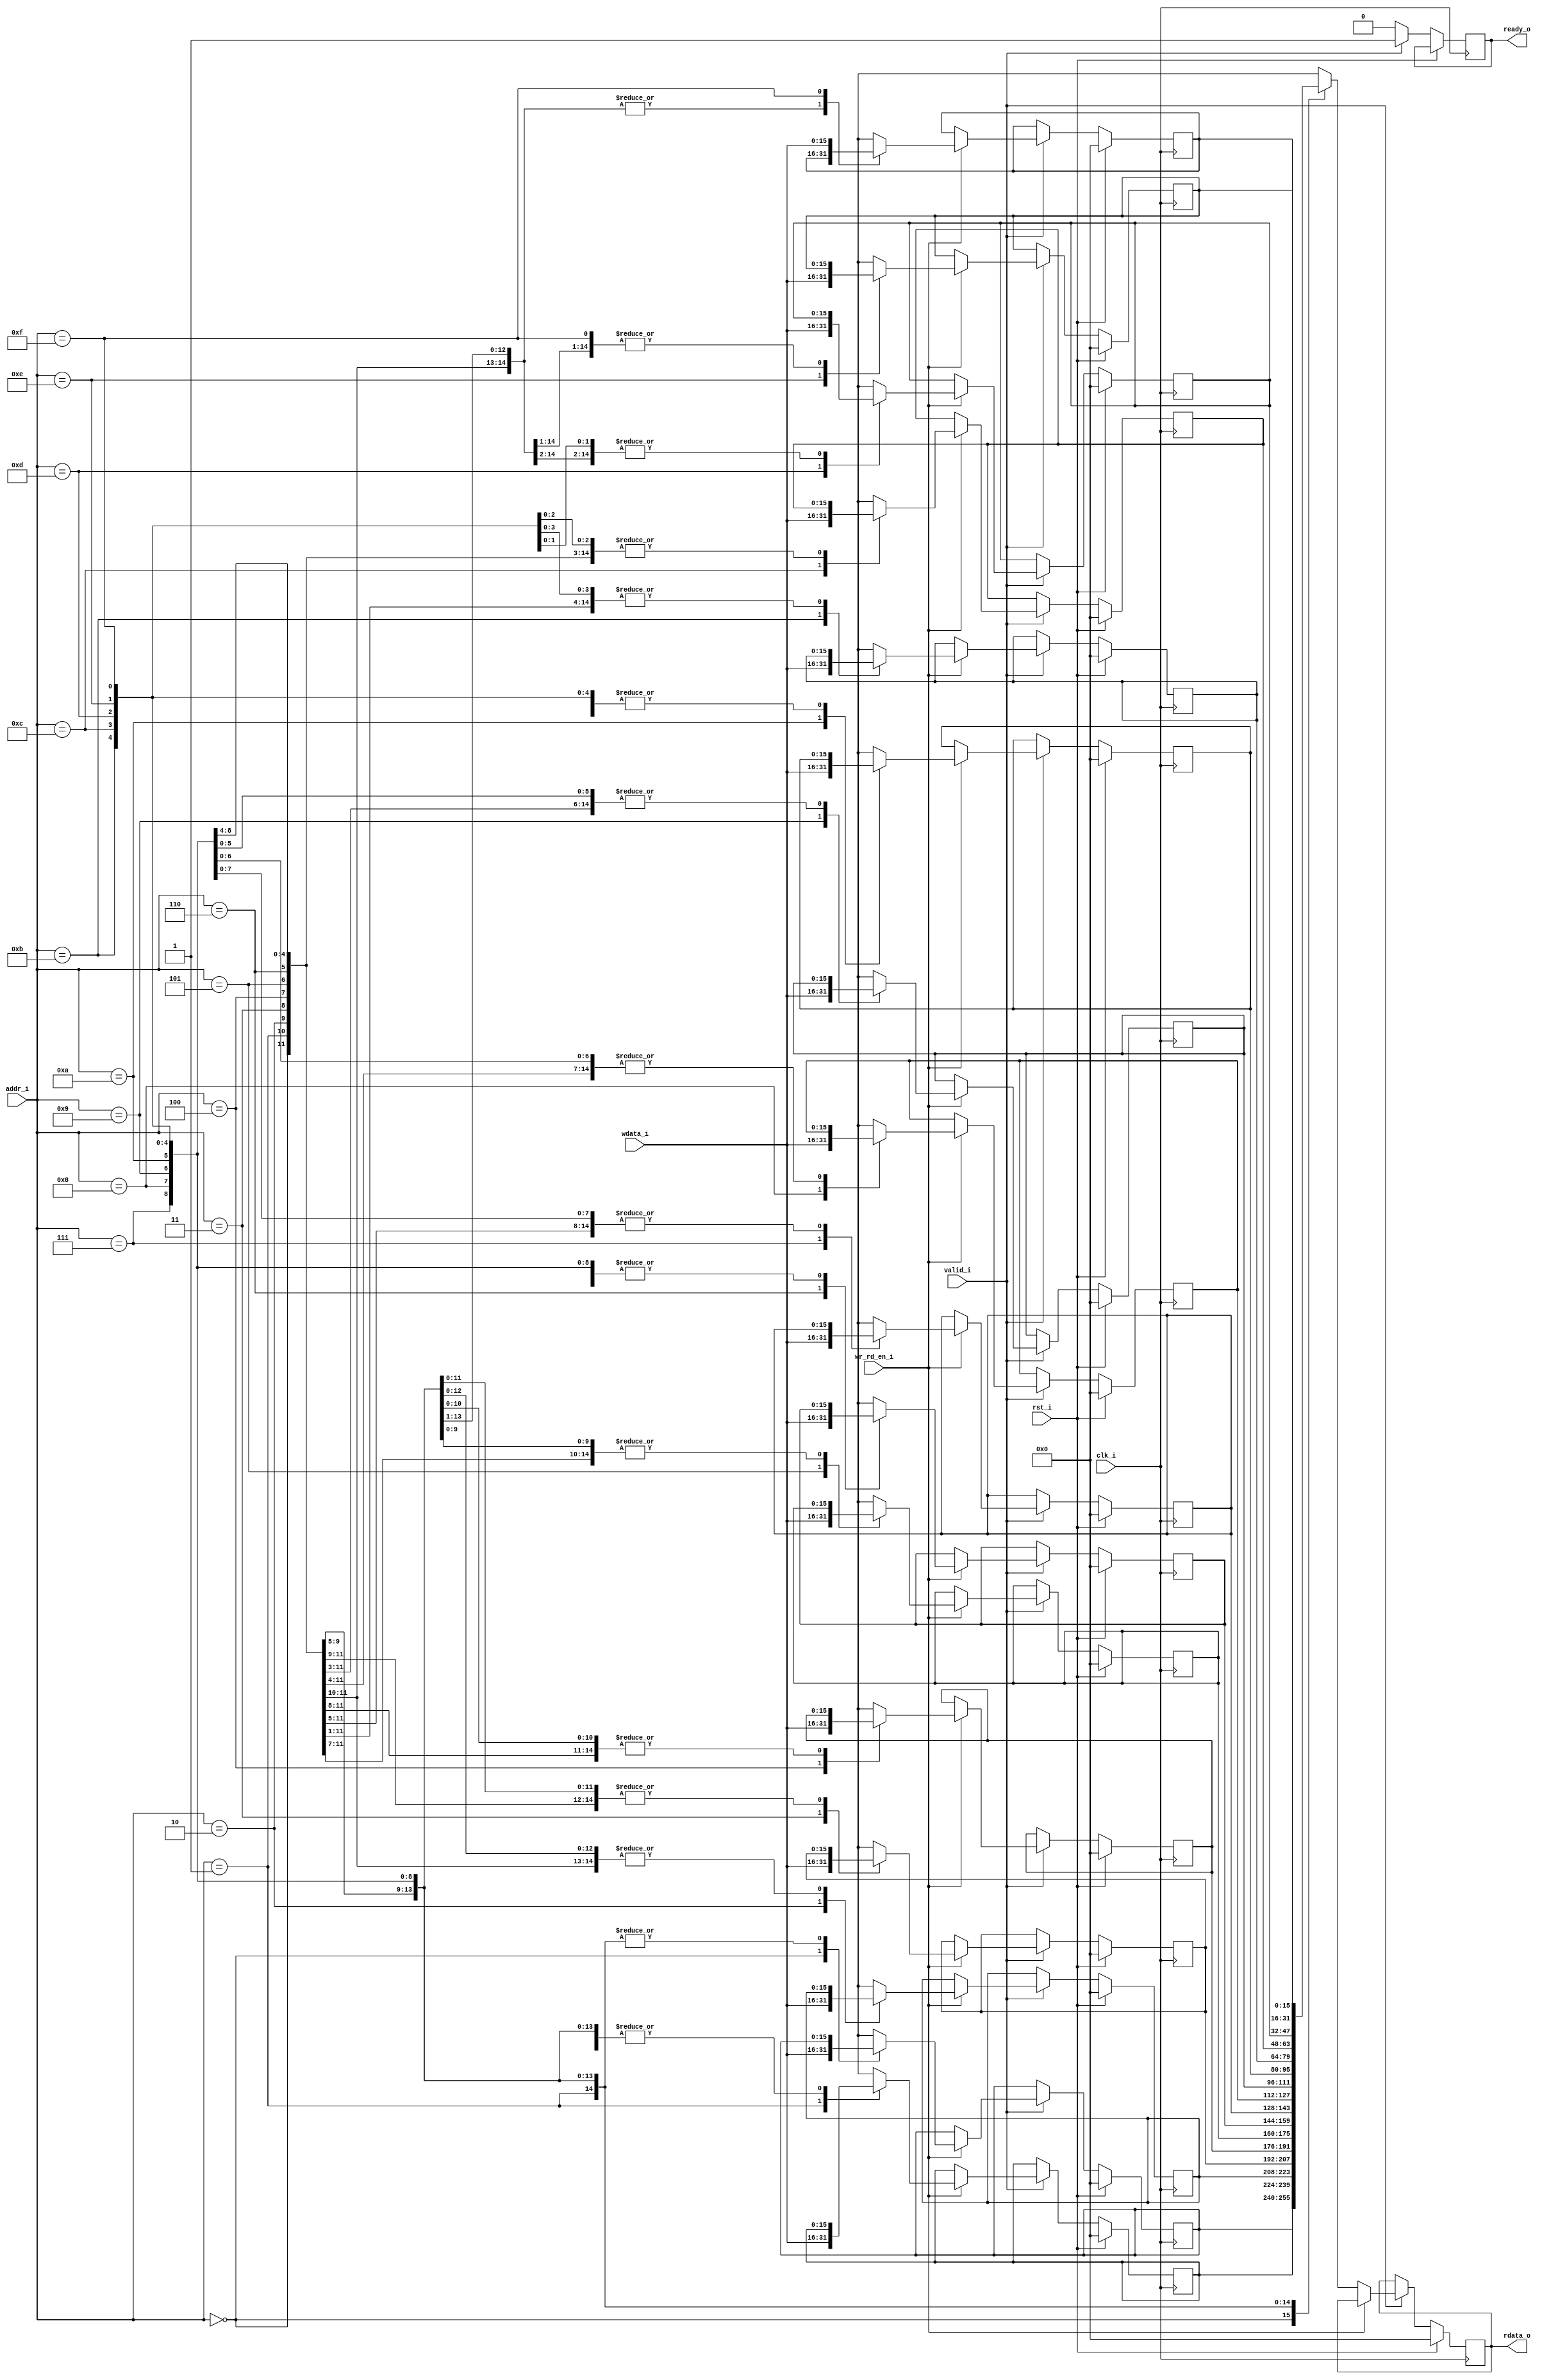
module mem(clk_i,rst_i,addr_i,wdata_i,rdata_o,wr_rd_en_i,valid_i,ready_o);
parameter WIDTH = 16;
parameter DEPTH = 64;
parameter ADDR_WIDTH=4;
input clk_i,rst_i,wr_rd_en_i,valid_i;
input[WIDTH-1:0]wdata_i;
input[ADDR_WIDTH-1:0]addr_i;
output reg[WIDTH-1:0]rdata_o;
output reg ready_o;
integer i;
reg[WIDTH-1:0]mem[DEPTH-1:0];

always@(posedge clk_i)
	if(rst_i==1)begin
		rdata_o=0;
		for(i=0;i<DEPTH;i=i+1)
			mem[i]=0;
	end
	else begin 
		if(valid_i==1)begin
			ready_o=1;
			if(wr_rd_en_i==1)
				mem[addr_i]=wdata_i;
			else
				rdata_o=mem[addr_i];
		end
	else begin
			ready_o=0;
	end
end
endmodule